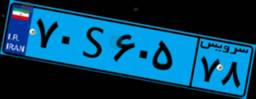
۱۰S۰۶۷۶۵